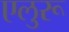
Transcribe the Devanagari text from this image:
एलुरू